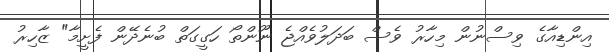
އިންޑިއާގެ ވިސްނުން މިހާރު ވެސް ބަދަލުވެއްޖެ ނޫންތޯ ހަގީގަތް ބުނެދޭން ފެށީމާ" ޒާހިރު